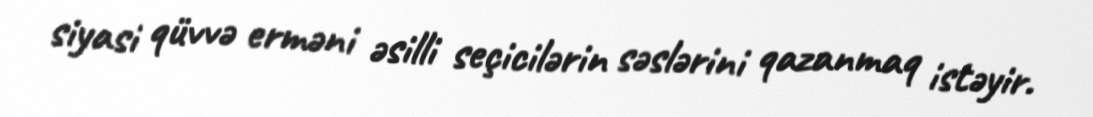
siyasi qüvvə erməni əsilli seçicilərin səslərini qazanmaq istəyir.